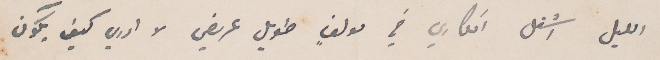
الليل اشغل افكاري في مولف طويل عريض لا ادري كيف يكون